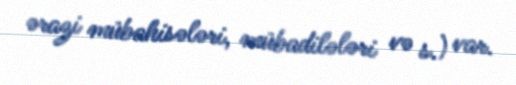
ərazi mübahisələri, mübadilələri və s.) var.